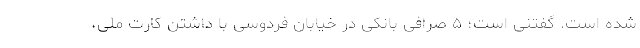
شده است. گفتنی است؛ ۵ صرافی بانکی در خیابان فردوسی با داشتن کارت ملی،